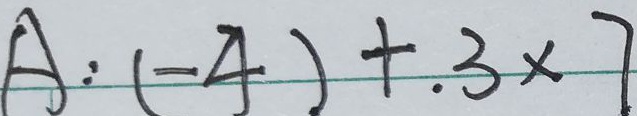
A : ( - 4 ) + . 3 \times 7